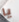
يا